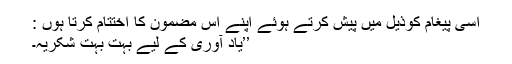
اسی پیغام کوذیل میں پیش کرتے ہوئے اپنے اس مضمون کا اختتام کرتا ہوں :
’’یاد آوری کے لیے بہت بہت شکریہ۔